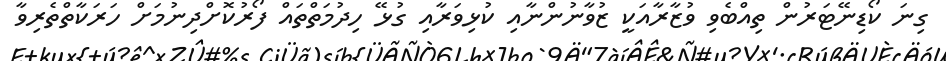
ގިނަ ކޯޑިނޭޓަރުން ތިއްބެވި ވުޒާރާއަކީ ޒުވާނުންނާއި ކުޅިވަރާއި ގުޅޭ ހިދުމަތްތައް ފޯރުކޮށްދިނުމަށް ހަރަކާތްތެރިވާ